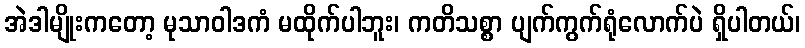
အဲဒါမျိုးကတော့ မုသာဝါဒကံ မထိုက်ပါဘူး၊ ကတိသစ္စာ ပျက်ကွက်ရုံလောက်ပဲ ရှိပါတယ်၊